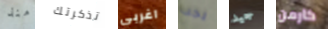
منذ تذكرتك اغربي يجب جيد كارمن